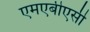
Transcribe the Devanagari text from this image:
एमएबीएसी